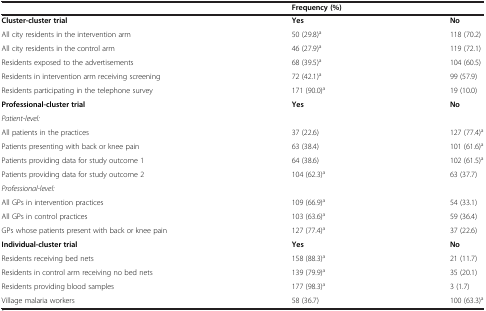
<table><thead><tr><td><b> </b></td><td colspan="2"><b>Frequency (%)</b></td></tr></thead><tbody><tr><td><b>Cluster-cluster trial</b></td><td><b>Yes</b></td><td><b>No</b></td></tr><tr><td>All city residents in the intervention arm</td><td>50 (29.8)<sup>a</sup></td><td>118 (70.2)</td></tr><tr><td>All city residents in the control arm</td><td>46 (27.9)<sup>a</sup></td><td>119 (72.1)</td></tr><tr><td>Residents exposed to the advertisements</td><td>68 (39.5)<sup>a</sup></td><td>104 (60.5)</td></tr><tr><td>Residents in intervention arm receiving screening</td><td>72 (42.1)<sup>a</sup></td><td>99 (57.9)</td></tr><tr><td>Residents participating in the telephone survey</td><td>171 (90.0)<sup>a</sup></td><td>19 (10.0)</td></tr><tr><td><b>Professional-cluster trial</b></td><td><b>Yes</b></td><td><b>No</b></td></tr><tr><td><i>Patient-level:</i></td><td> </td><td> </td></tr><tr><td>All patients in the practices</td><td>37 (22.6)</td><td>127 (77.4)<sup>a</sup></td></tr><tr><td>Patients presenting with back or knee pain</td><td>63 (38.4)</td><td>101 (61.6)<sup>a</sup></td></tr><tr><td>Patients providing data for study outcome 1</td><td>64 (38.6)</td><td>102 (61.5)<sup>a</sup></td></tr><tr><td>Patients providing data for study outcome 2</td><td>104 (62.3)<sup>a</sup></td><td>63 (37.7)</td></tr><tr><td><i>Professional-level:</i></td><td> </td><td> </td></tr><tr><td>All GPs in intervention practices</td><td>109 (66.9)<sup>a</sup></td><td>54 (33.1)</td></tr><tr><td>All GPs in control practices</td><td>103 (63.6)<sup>a</sup></td><td>59 (36.4)</td></tr><tr><td>GPs whose patients present with back or knee pain</td><td>127 (77.4)<sup>a</sup></td><td>37 (22.6)</td></tr><tr><td><b>Individual-cluster trial</b></td><td><b>Yes</b></td><td><b>No</b></td></tr><tr><td>Residents receiving bed nets</td><td>158 (88.3)<sup>a</sup></td><td>21 (11.7)</td></tr><tr><td>Residents in control arm receiving no bed nets</td><td>139 (79.9)<sup>a</sup></td><td>35 (20.1)</td></tr><tr><td>Residents providing blood samples</td><td>177 (98.3)<sup>a</sup></td><td>3 (1.7)</td></tr><tr><td>Village malaria workers</td><td>58 (36.7)</td><td>100 (63.3)<sup>a</sup></td></tr></tbody></table>